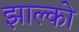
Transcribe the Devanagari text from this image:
झाल्को